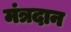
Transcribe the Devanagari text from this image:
मंत्रदान